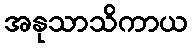
အနုသာသိကာယ